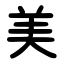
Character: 美